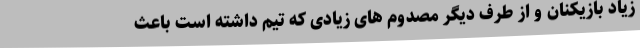
زیاد بازیکنان و از طرف دیگر مصدوم های زیادی که تیم داشته است باعث